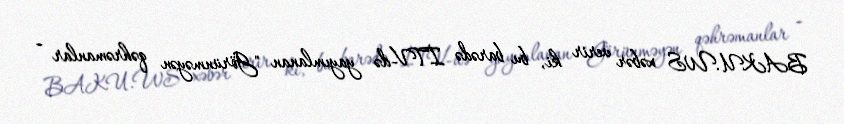
BAKU.WS xəbər verir ki, bu barədə İTV-də yayımlanan "Görünməyən qəhrəmanlar -